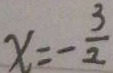
x = - \frac { 3 } { 2 }